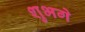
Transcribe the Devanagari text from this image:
शुभगे